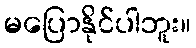
မပြောနိုင်ပါဘူး။